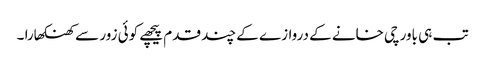
تب ہی باورچی خانے کے دروازے کے چند قدم پیچھے کوئی زور سے کھنکھارا ۔